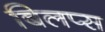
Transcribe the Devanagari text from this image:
बिलप्स